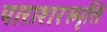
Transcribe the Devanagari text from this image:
पाराशरस्मृति